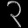
Digit: ၃